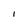
Character: l